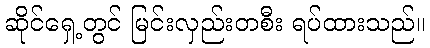
ဆိုင်ရှေ့တွင် မြင်းလှည်းတစီး ရပ်ထားသည်။